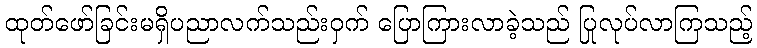
ထုတ်ဖော်ခြင်းမရှိပညာလက်သည်းဝှက် ပြောကြားလာခဲ့သည် ပြုလုပ်လာကြသည့်